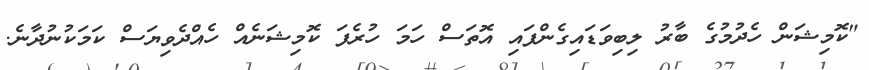
"ކޮމިޝަން ހެދުމުގެ ބާރު ލިބިވަޑައިގެންފައި އޮތަސް ހަމަ ހުރެފަ ކޮމިޝަނެއް ހެއްދެވިޔަސް ކަމަކުނުދާނެ.